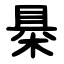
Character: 㮂